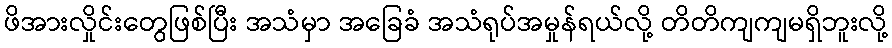
ဖိအားလှိုင်းတွေဖြစ်ပြီး အသံမှာ အခြေခံ အသံရုပ်အမှုန်ရယ်လို့ တိတိကျကျမရှိဘူးလို့